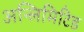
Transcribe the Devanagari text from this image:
अन्लिमिटिड